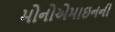
મોનોએમાઇનની